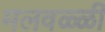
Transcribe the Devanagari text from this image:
मलवळ्ळी